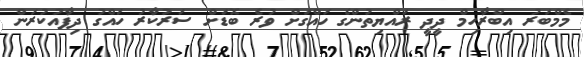
މެމްބަރު އިބްރާހިމް ދީދީ ރައްޔިތުންގެ ހައްގަށް ވުރެ ބޮޑަށް ސަރުކާރު ހައްގު ދިފާއުކުރަން